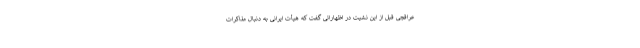
عراقچی قبل از این نشیت در اظهاراتی گفت که هیأت ایرانی به دنبال مذاکرات